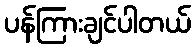
ပန်ကြားချင်ပါတယ်